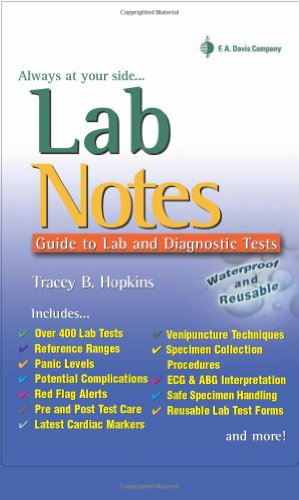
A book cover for LabNotes: Guide to Lab & Diagnostic Tests; Tracey Hopkins RN  BSN; Medical Books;